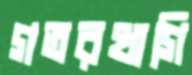
গতরখাগি